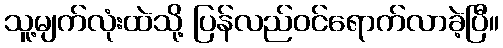
သူ့မျက်လုံးထဲသို့ ပြန်လည်ဝင်ရောက်လာခဲ့ပြီ။